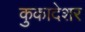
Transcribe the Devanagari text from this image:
कुकादेशर